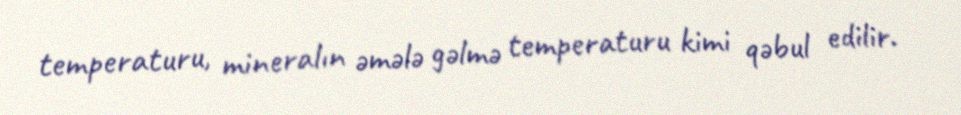
temperaturu, mineralın əmələ gəlmə temperaturu kimi qəbul edilir.